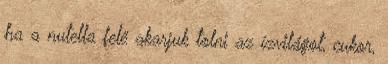
ha a nutella felé akarjuk tolni az ízvilágot, cukor,